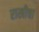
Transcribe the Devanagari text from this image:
राखीचा